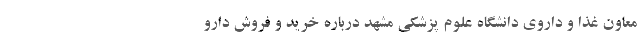
معاون غذا و داروی دانشگاه علوم پزشکی مشهد درباره خرید و فروش دارو